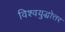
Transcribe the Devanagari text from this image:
विश्वयुद्धोत्तर